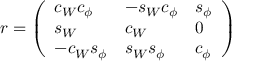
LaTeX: r = \left( \begin{array} { l l l } { { c _ { W } c _ { \phi } } } & { { - s _ { W } c _ { \phi } } } & { { s _ { \phi } } } \\ { { s _ { W } } } & { { c _ { W } } } & { { 0 } } \\ { { - c _ { W } s _ { \phi } } } & { { s _ { W } s _ { \phi } } } & { { c _ { \phi } } } \end{array} \right)